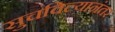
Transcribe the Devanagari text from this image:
सुचविल्यानंतर